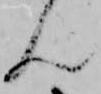
ん